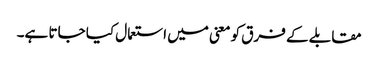
مقابلے کے فرق کو معنی میں استعمال کیا جاتا ہے۔